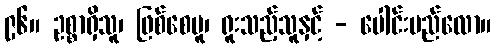
၉၆။ ဥစ္စာရှိသူ၊ ဖြစ်စေမူ၊ ရူးသည့်သူနှင့် - ပေါင်းမည်လော။